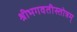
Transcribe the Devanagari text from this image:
श्रीभगवतीस्तोत्रम्